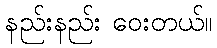
နည်းနည်း ဝေးတယ်။